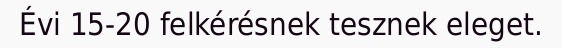
Évi 15-20 felkérésnek tesznek eleget.